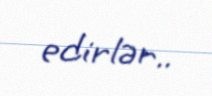
edirlər..